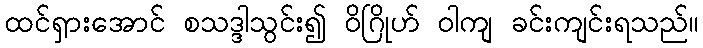
ထင်ရှားအောင် စသဒ္ဒါသွင်း၍ ဝိဂြိုဟ် ဝါကျ ခင်းကျင်းရသည်။